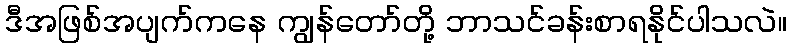
ဒီအဖြစ်အပျက်ကနေ ကျွန်တော်တို့ ဘာသင်ခန်းစာရနိုင်ပါသလဲ။